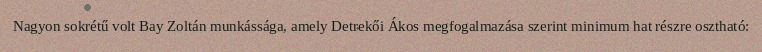
Nagyon sokrétű volt Bay Zoltán munkássága, amely Detrekői Ákos megfogalmazása szerint minimum hat részre osztható: